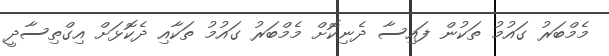
މެމްބަރު ގައުމު ތަކުން ފައިސާ ދެނިކޮށް މެމްބަރު ގައުމު ތަކާއި ދެކޮޅަށް އިގްތިސާދީ